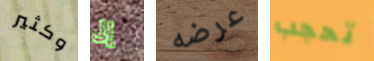
وكثير إلى عرضه تحجب